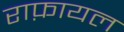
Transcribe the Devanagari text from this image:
राफ़ायल